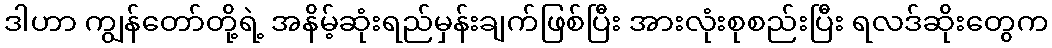
ဒါဟာ ကျွန်တော်တို့ရဲ့ အနိမ့်ဆုံးရည်မှန်းချက်ဖြစ်ပြီး အားလုံးစုစည်းပြီး ရလဒ်ဆိုးတွေက